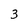
Character: 3